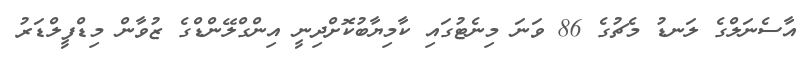
އާސެނަލްގެ ލަނޑު މެޗުގެ 86 ވަނަ މިނެޓުގައި ކާމިޔާބުކޮށްދިނީ އިންގްލޭންޑްގެ ޒުވާން މިޑްފީލްޑަރު